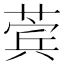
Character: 𬝯